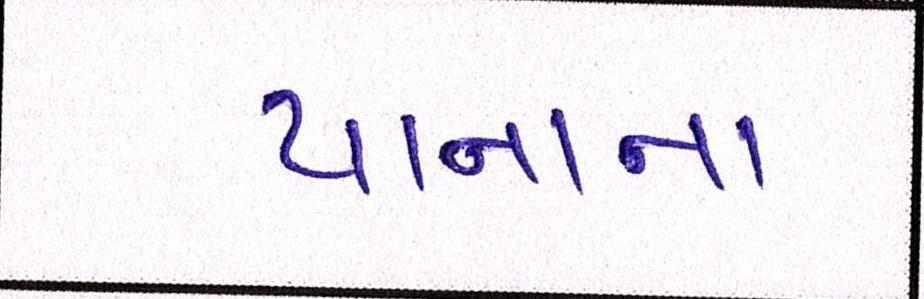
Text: યાનાના